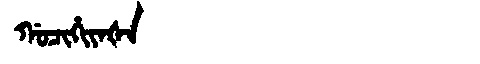
Manchu: ᡤᠣᠴᡳᡥᡳᠶᠠᡧᠠ
Romanization: GOCIHIYAŠA